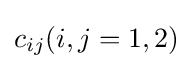
c_{ij}(i,j=1,2)